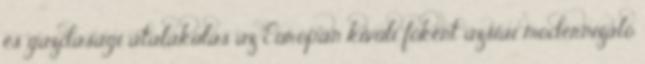
és gazdasági átalakulás az Európán kívüli főként ázsiai modernizáló